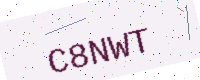
Text: C8NWT